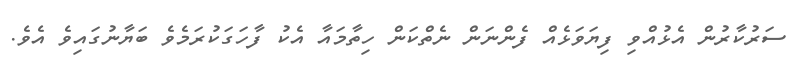
ސަރުކާރުން އެޅުއްވި ފިޔަވަޅެއް ފެންނަން ނެތްކަން ހިތާމައާ އެކު ފާހަގަކުރަމެވެ ބަޔާނުގައިވެ އެވެ.